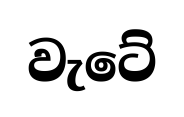
වැටේ